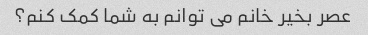
عصر بخیر خانم می توانم به شما کمک کنم؟